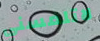
لاتلمسني